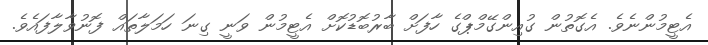
އެޓީމުންނެވެ. އެގޮތުން ގުއިންގޭމްޕްގެ ހާފަށް ބާރުބޮޑުކޮށް އެޓީމުން ވަނީ ގިނަ ހަމަލާތައް ފޮނުވާލާފައެވެ.